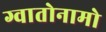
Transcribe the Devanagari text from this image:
ग्वातोनामो